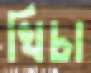
খিচা